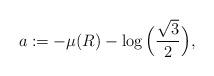
LaTeX: \begin{align*} a := - \mu(R) - \log \Big( \frac{\sqrt{3}}{2} \Big),\end{align*}